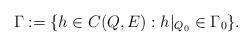
LaTeX: \begin{align*}\Gamma := \{h\in C(Q,E):h|_{Q_0}\in\Gamma_0\}.\end{align*}